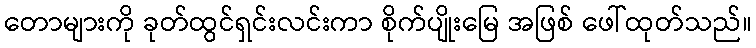
တောများကို ခုတ်ထွင်ရှင်းလင်းကာ စိုက်ပျိုးမြေ အဖြစ် ဖေါ်ထုတ်သည်။